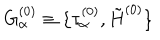
LaTeX: G _ { \alpha } ^ { ( 0 ) } \equiv \{ \tau _ { \alpha } ^ { ( 0 ) } , \tilde { H } ^ { ( 0 ) } \} \nonumber